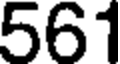
561